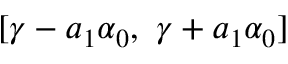
[ \gamma - a _ { 1 } \alpha _ { 0 } , \ \gamma + a _ { 1 } \alpha _ { 0 } ]